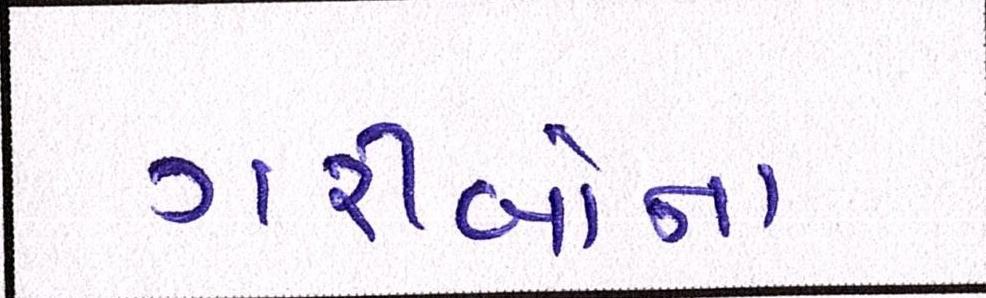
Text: ગરીબોના